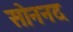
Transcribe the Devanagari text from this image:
सोननद